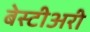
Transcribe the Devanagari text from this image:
बेस्टीअरी